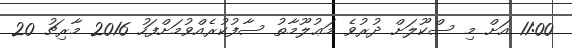
11:00 އަށް މި ސްކޫލަށް ދުރުވެ މަޢުލޫމާތު ސާފުކުރެއްވުމަށްފަހު 2016 މާރިޗު 20